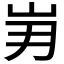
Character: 𮱥